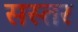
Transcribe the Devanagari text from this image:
सस्तर